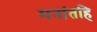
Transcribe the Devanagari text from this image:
मनांतहि